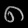
Digit: ၈